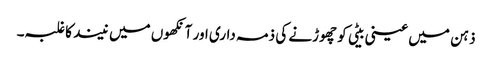
ذہن میں عینی بیٹی کو چھوڑنے کی ذمہ داری اور آنکھوں میں نیند کا غلبہ۔